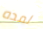
لمده